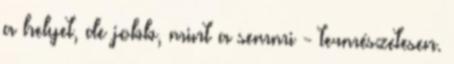
a helyet, de jobb, mint a semmi - természetesen.